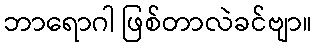
ဘာရောဂါ ဖြစ်တာလဲခင်ဗျာ။